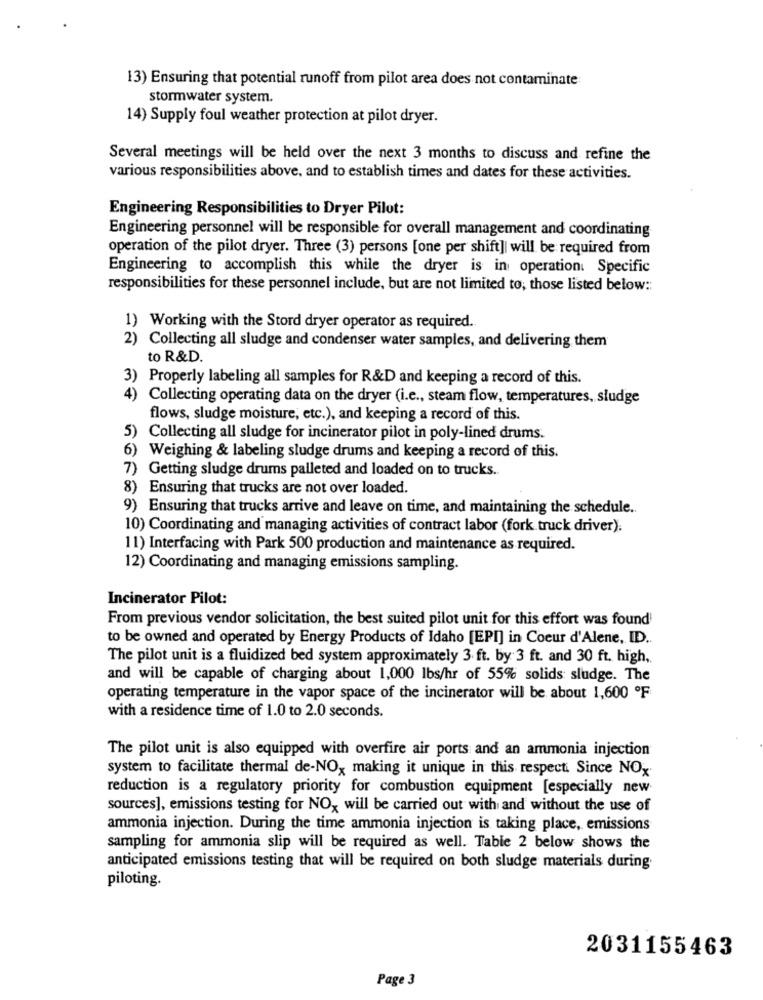
13) Ensuring that potential runoff from pilot area does not contaminate
stormwater system.
14) Supply foul weather protection at pilot dryer.
Several meetings will be held over the next 3 months to discuss and refine the
various responsibilities above, and to establish times and dates for these activities.
Engineering Responsibilities to Dryer Pilot:
Engineering personnel will be responsible for overall management and coordinating
operation of the pilot dryer. Three (3) persons [one per shift]| will be required from
Engineering to accomplish this while the dryer is in operation. Specific
responsibilities for these personnel include, but are not limited to; those listed below ::
1) Working with the Stord dryer operator as required.
2)
Collecting all sludge and condenser water samples, and delivering them
to R&D.
3) Properly labeling all samples for R&D and keeping a record of this.
4)
Collecting operating data on the dryer (i.e ., steam flow, temperatures, sludge
flows, sludge moisture, etc.), and keeping a record of this.
5) Collecting all sludge for incinerator pilot in poly-lined drums.
6) Weighing & labeling sludge drums and keeping a record of this.
7) Getting sludge drums palleted and loaded on to trucks.
8) Ensuring that trucks are not over loaded.
9) Ensuring that trucks arrive and leave on time, and maintaining the schedule ..
10) Coordinating and managing activities of contract labor (fork truck driver).
11) Interfacing with Park 500 production and maintenance as required.
12) Coordinating and managing emissions sampling.
Incinerator Pilot:
From previous vendor solicitation, the best suited pilot unit for this effort was found
to be owned and operated by Energy Products of Idaho [EPI] in Coeur d'Alene, ID ..
The pilot unit is a fluidized bed system approximately 3 ft. by 3 ft. and 30 ft. high,
and will be capable of charging about 1,000 lbs/hr of 55% solids sludge. The
operating temperature in the vapor space of the incinerator will be about 1,600 ºF
with a residence time of 1.0 to 2.0 seconds.
The pilot unit is also equipped with overfire air ports and an ammonia injection
system to facilitate thermal de-NO, making it unique in this respect Since NOx
reduction is a regulatory priority for combustion equipment [especially new
sources], emissions testing for NO, will be carried out with and without the use of
ammonia injection. During the time ammonia injection is taking place, emissions
sampling for ammonia slip will be required as well. Table 2 below shows the
anticipated emissions testing that will be required on both sludge materials during
piloting.
2031155463
Page 3